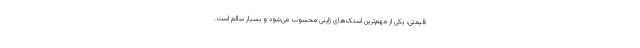
قیمتی، یکی از مهم‌ترین اسنک‌های ژاپنی محسوب می‌شود و بسیار سالم است.